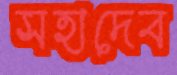
সহাদেব